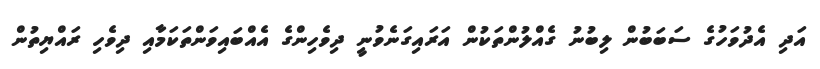
އަދި އެދުވަހުގެ ސަބަބުން ލިބުނު ގެއްލުންތަކުން އަރައިގަނެވުނީ ދިވެހިންގެ އެއްބައިވަންތަކަމާއި ދިވެހި ރައްޔިތުން